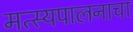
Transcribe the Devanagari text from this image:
मत्स्यपालनाचा